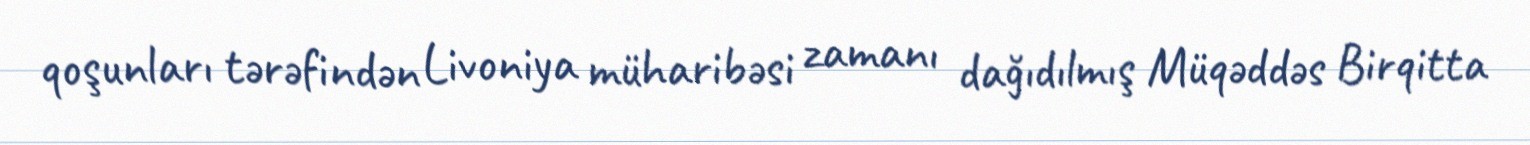
qoşunları tərəfindən Livoniya müharibəsi zamanı dağıdılmış Müqəddəs Birqitta